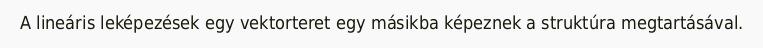
A lineáris leképezések egy vektorteret egy másikba képeznek a struktúra megtartásával.